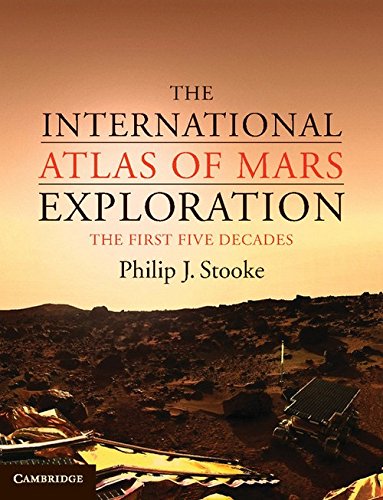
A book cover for The International Atlas of Mars Exploration: Volume 1, 1953 to 2003: The First Five Decades; Philip J. Stooke; Science & Math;